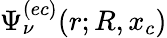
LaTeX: \Psi_{\nu}^{(ec)}(r;R,x_{c})